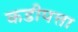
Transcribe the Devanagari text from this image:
कडीपत्ता